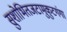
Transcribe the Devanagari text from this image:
सुशोभितजटामुकुटगंगा